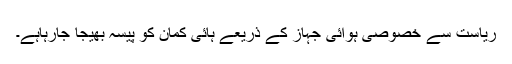
ریاست سے خصوصی ہوائی جہاز کے ذریعے ہائی کمان کو پیسہ بھیجا جارہاہے۔